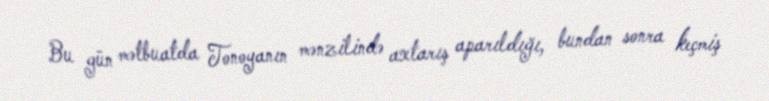
Bu gün mətbuatda Tonoyanın mənzilində axtarış aparıldığı, bundan sonra keçmiş